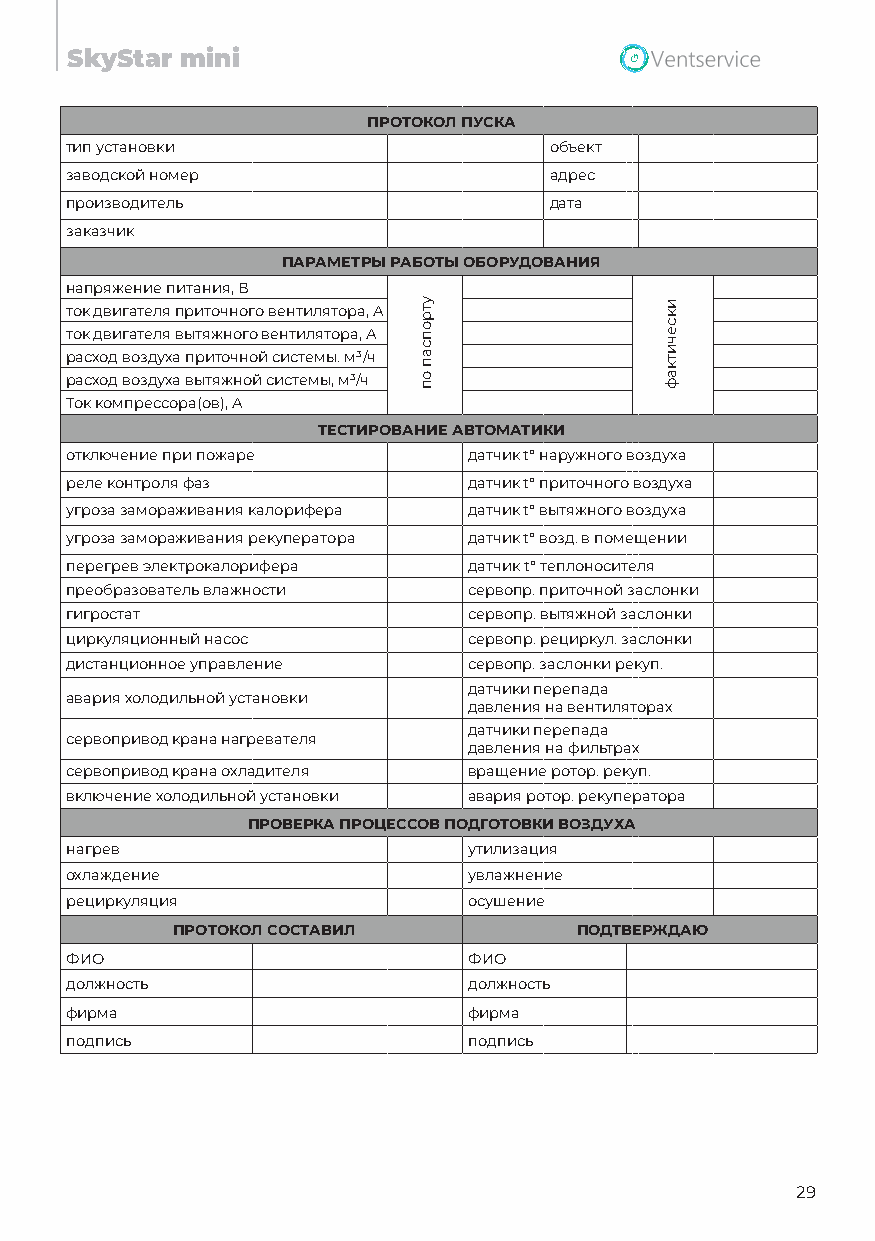
SkyStar mini
 ПРОТОКОЛ ПУСКА
 тип установки                   объект
 заводской номер                 адрес
 производитель                   дата
 заказчик
 ПАРАМЕТРЫ РАБОТЫ ОБОРУДОВАНИЯ
 напряжение питания, В
 ток двигателя приточного вентилятора, А
 ток двигателя вытяжного вентилятора, А
 расход воздуха приточной системы. м³/ч
 расход воздуха вытяжной системы, м³/ч
 Ток компрессора(ов), А
 ТЕСТИРОВАНИЕ АВТОМАТИКИ
 отключение при пожаре      датчик t° наружного воздуха
 реле контроля фаз          датчик t° приточного воздуха
 угроза замораживания калорифера датчик t° вытяжного воздуха
 угроза замораживания рекуператора датчик t° возд. в помещении
 перегрев электрокалорифера датчик t° теплоносителя
 преобразователь влажности  сервопр. приточной заслонки
 гигростат                  сервопр. вытяжной заслонки
 циркуляционный насос       сервопр. рециркул. заслонки
 дистанционное управление   сервопр. заслонки рекуп.
 датчики перепада
 авария холодильной установки
 давления на вентиляторах
 датчики перепада
 сервопривод крана нагревателя
 давления на фильтрах
 сервопривод крана охладителя вращение ротор. рекуп.
 включение холодильной установки авария ротор. рекуператора
 ПРОВЕРКА ПРОЦЕССОВ ПОДГОТОВКИ ВОЗДУХА
 нагрев                     утилизация
 охлаждение                 увлажнение
 рециркуляция               осушение
 ПРОТОКОЛ СОСТАВИЛ          ПОДТВЕРЖДАЮ
 ФИО                        ФИО
 должность                  должность
 фирма                      фирма
 подпись                    подпись
 29
 утропсап
 оп
 иксечиткаф